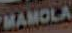
MAMOLA